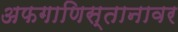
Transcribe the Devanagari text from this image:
अफगाणिस्तानावर